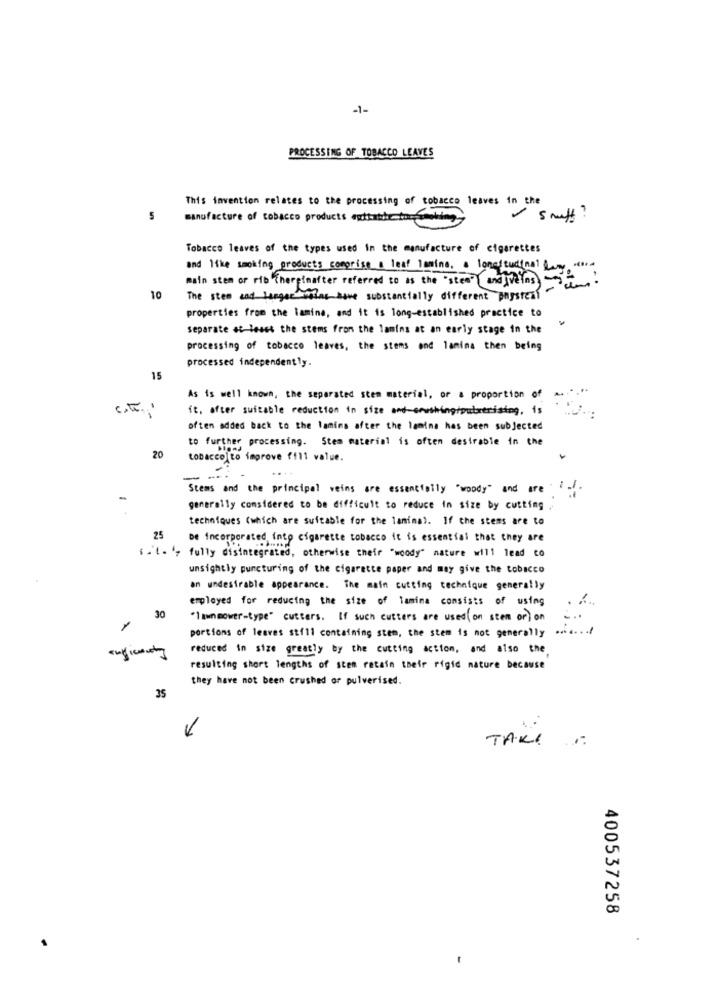
-1-
PROCESSING OF TOBACCO LEAVES
This invention relates to the processing of tobacco leaves in the
5
manufacture of tobacco products extrathe.the
smalt ?
Tobacco leaves of the types used in the manufacture of cigarettes
and like smoking products comprise a leaf lamine. a longitudinal &
main stem or rib thereinafter referred to as the "sten" and verns) im
10
The stem and langer ming have substantially different paysreal
properties from the lamina, and it is long-established practice to
separate at least the stems from the lamina at an early stage in the
processing of tobacco leaves, the stems and lamina then being
processed independently.
15
As is well known, the separated stem material, or a proportion of
-
it. after suitable reduction in size and-seuthing/pubarerising, is
often added back to the lamina after the lamina has been subjected
to further processing. Stem material is often desirable in the
20
tobacco to improve ff11 value.
....
-
Stems and the principal weins are essentially "woody" and are il .
generally considered to be difficult to reduce in size by cutting
techniques (which are suitable for the lanimal. If the stems are to
25
be incorporated into cigarette tobacco it is essential that they are
$ .'t. ', fully disintegrated, otherwise their "woody" nature will lead co
unsightly puncturing of the cigarette paper and may give the tobacco
on undesirable appearance. The main cutting technique generally
employed for reducing the size of lamina consists of using
30
"lawnmower-type" cutters. If such cutters are used ( on sten or) on
1
portions of leaves still containing stem, the stem is not generally
reduced in size greatly by the cutting action, and also the
resulting short lengths of sten retain their rigid nature because
they have not been crushed or pulverised.
35
TAKE
400537258